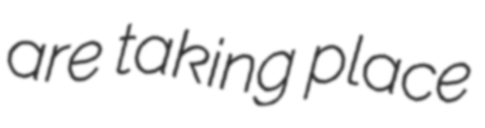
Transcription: are taking place